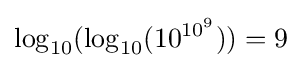
\log _{10}(\log _{10}(10^{10^{9}}))=9